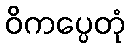
ဝိကပ္ပေတုံ